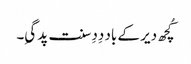
کُچھ دیر کے باد دِدِ سنت پد گیِ۔